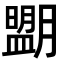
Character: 𦡉